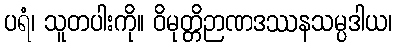
ပရံ၊ သူတပါးကို။ ဝိမုတ္တိဉာဏဒဿနသမ္ပဒါယ၊